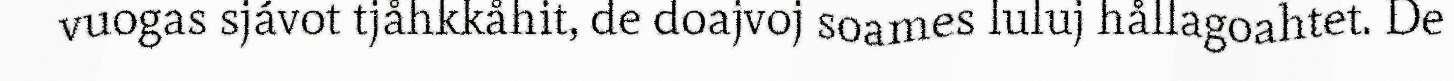
vuogas sjávot tjåhkkåhit, de doajvoj soames luluj hållagoahtet. De